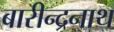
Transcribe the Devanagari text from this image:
बारीन्द्रनाथ